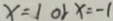
x = 1 o r x = - 1